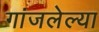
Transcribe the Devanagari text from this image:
गांजलेल्या